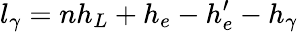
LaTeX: l_{\gamma}=nh_{L}+h_{e}-h_{e}^{\prime}-h_{\gamma}